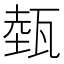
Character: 𤭝